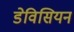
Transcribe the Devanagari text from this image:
डेविसियन